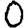
Digit: 0